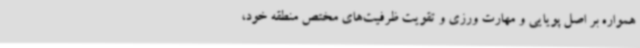
همواره بر اصل پویایی و مهارت ورزی و تقویت ظرفیت‌های مختص منطقه خود،